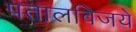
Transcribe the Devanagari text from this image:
पतालविजये